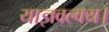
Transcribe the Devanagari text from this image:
याज्ञवल्क्य।